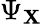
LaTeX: \Psi_{\mathbf{X}}